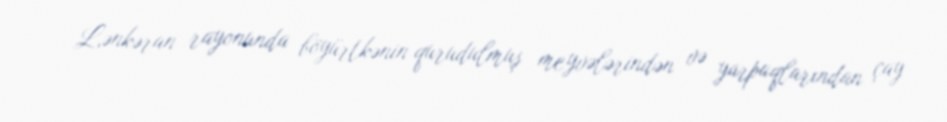
Lənkəran rayonunda böyürtkənin qurudulmuş meyvələrindən və yarpaqlarından çay